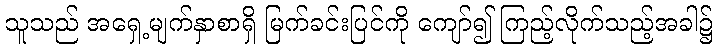
သူသည် အရှေ့မျက်နှာစာရှိ မြက်ခင်းပြင်ကို ကျော်၍ ကြည့်လိုက်သည့်အခါ၌